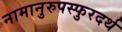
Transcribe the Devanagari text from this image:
नामानुरुपस्फुरदर्थ